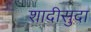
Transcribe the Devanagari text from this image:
शादीसुदा